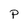
Character: P